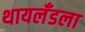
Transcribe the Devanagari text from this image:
थायलँडला